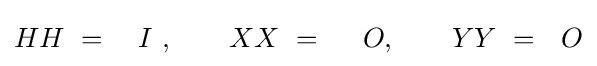
HH~=~~~I~,\qquad XX~=~~~~O,\qquad YY~=~~O